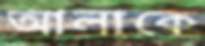
আলাকে